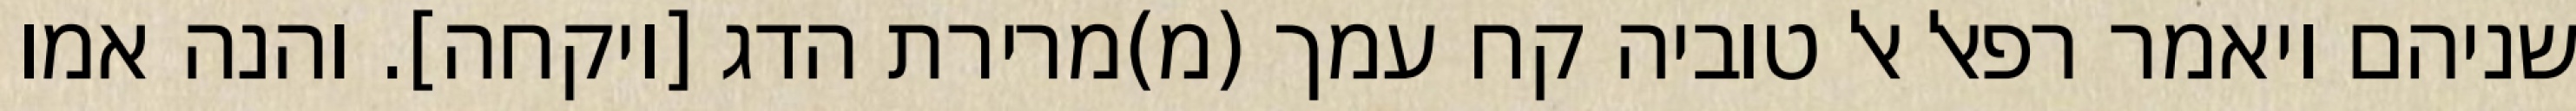
שניהם ויאמר רפאל אל טוביה קח עמך (מ)מרירת הדג [ויקחה]. והנה אמו